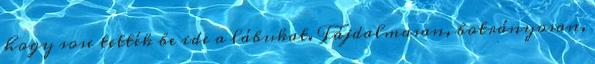
hogy sose tették be ide a lábukat. Fájdalmasan, botrányosan,